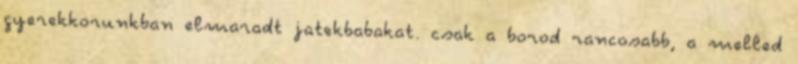
gyerekkorunkban elmaradt jatekbabakat. csak a borod rancosabb, a melled